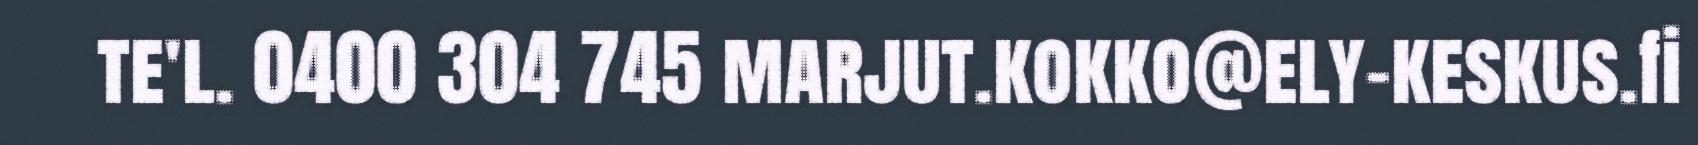
te'l. 0400 304 745 marjut.kokko@ely-keskus.fi